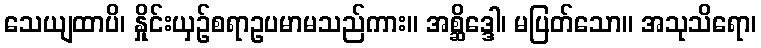
သေယျထာပိ၊ နှိုင်းယှဉ်စရာဥပမာမသည်ကား။ အစ္ဆိဒ္ဒေါ၊ မပြတ်သော။ အသုသိရော၊